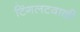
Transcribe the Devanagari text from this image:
टिंगलटवाळी